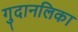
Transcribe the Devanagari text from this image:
गुदानलिका